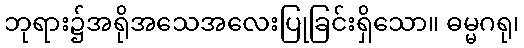
ဘုရား၌အရိုအသေအလေးပြုခြင်းရှိသော။ ဓမ္မဂရု၊